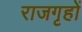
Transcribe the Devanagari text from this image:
राजगृहों